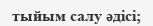
тыйым салу әдісі;